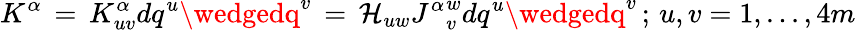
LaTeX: K^{\alpha}\, =\, K_{uv}^{\alpha}dq^{u}\wedgedq^{v}\, =\, \mathcal{H}_{uw}{J^{\alpha}}_{v}^{w}dq^{u}\wedgedq^{v}\, ;\, u,v=1,...,4m